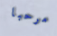
مرحبا